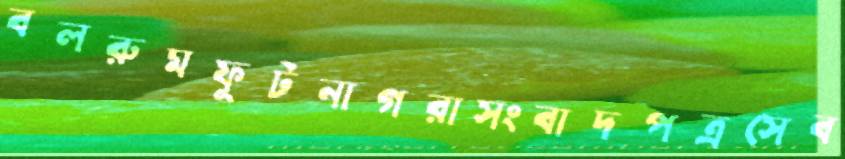
বলরুমফুটনাগরাসংবাদপত্রসেব